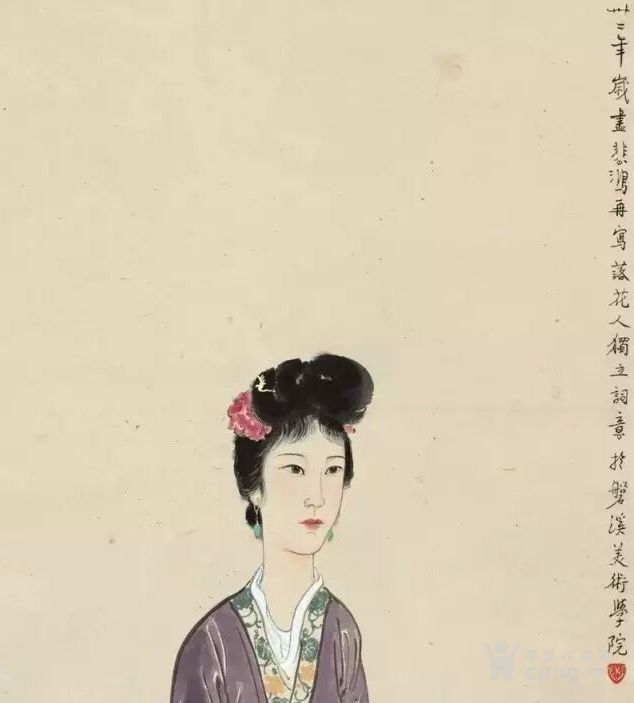
落花人独立，微雨燕双飞。